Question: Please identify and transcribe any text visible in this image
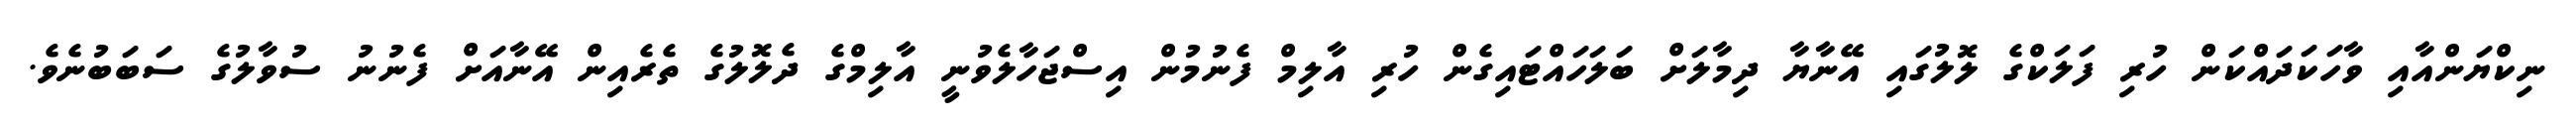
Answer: ނިކްޔަންއާއި ވާހަކަދައްކަން ހުރި ފަލަކްގެ ލޮލުގައި އޭނާޔާ ދިމާލަށް ބަލަހައްޓައިގެން ހުރި އާލިމް ފެނުމުން އިސްޖަހާލެވުނީ އާލިމްގެ ދެލޮލުގެ ތެރެއިން އޭނާއަށް ފެނުނު ސުވާލުގެ ސަބަބުނެވެ.